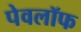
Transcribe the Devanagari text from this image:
पेवलॉफ